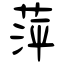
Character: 萍